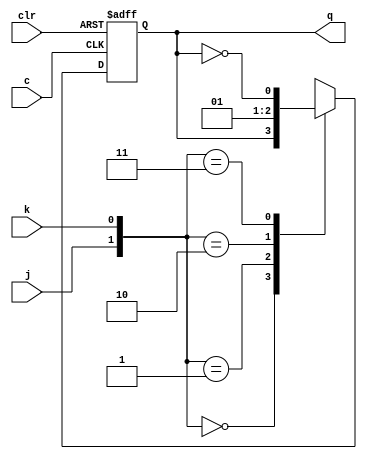
module JK(input j,k,clr,c,output reg q);

always @(negedge c or posedge clr )
begin 
  if (clr) 
    q = 0;
	else
	 case({j,k})
     0:q = q;
	  1:q = 0;
	  2:q = 1;
	  3:q =(~q); 
	endcase
	
	end
	 
endmodule